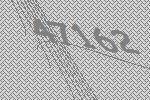
47162